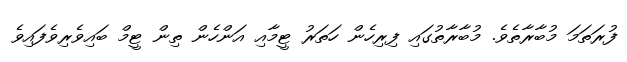
ފުރަތަމަ މުބާރާތެވެ. މުބާރާތުގައި ފިރިހެން ހަތަރު ޓީމާއި އަންހެން ތިން ޓީމް ބައިވެރިވެފައިވެ